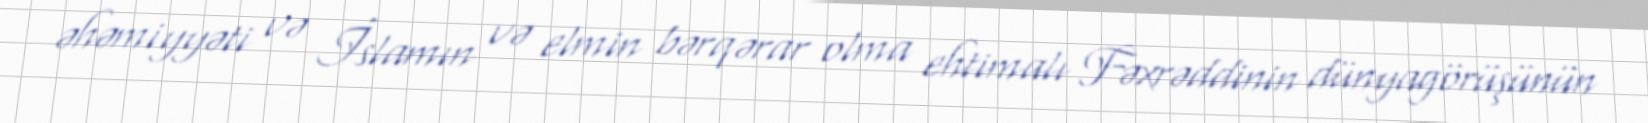
əhəmiyyəti və İslamın və elmin bərqərar olma ehtimalı Fəxrəddinin dünyagörüşünün